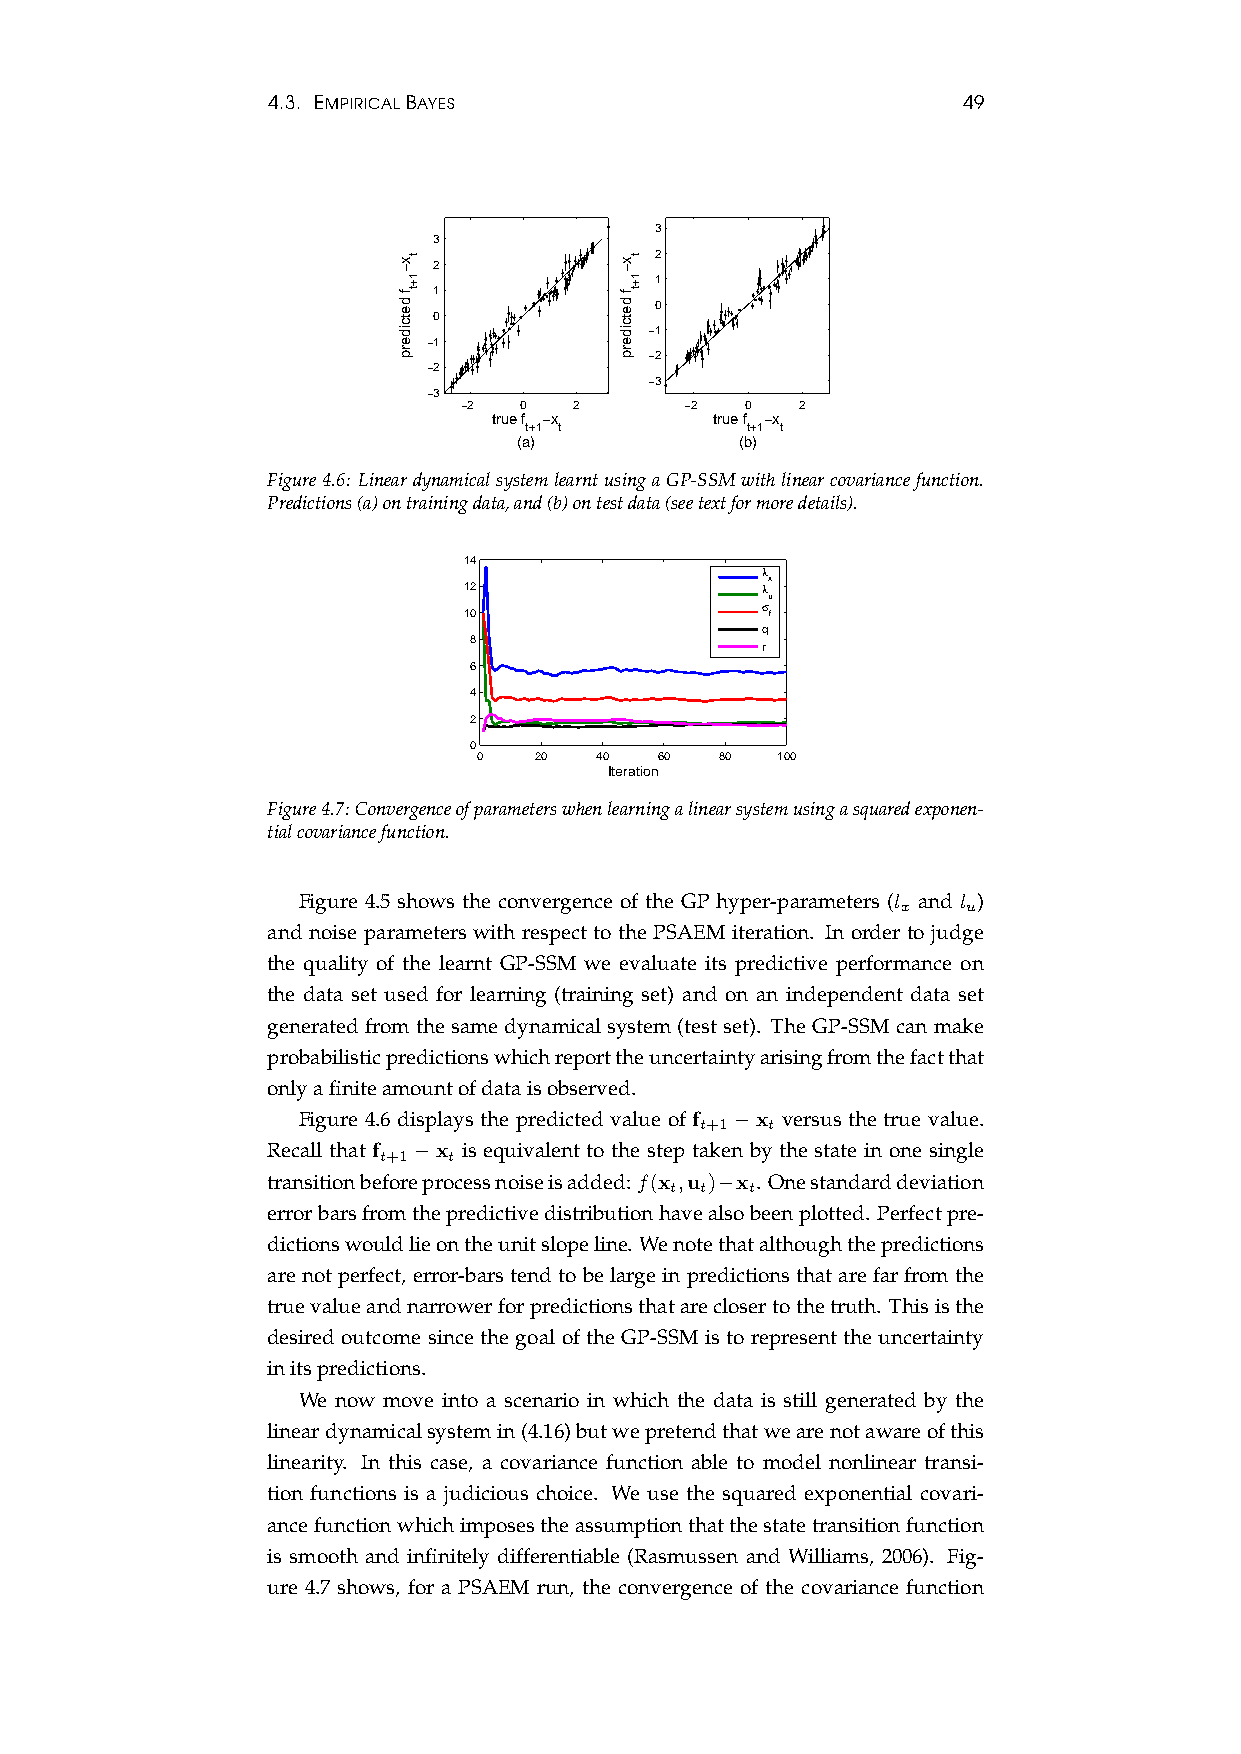
4.3. EMPIRICALBAYES                           49
 3
 3
 2 2
 1
 1
 0
 0
 −1
 −1
 −2
 −2
 −3
 −3
 −2  0   2      −2  0   2
 true f −x     true f −x
 t+1 t         t+1 t
 (a)            (b)
 Figure4.6: LineardynamicalsystemlearntusingaGP-SSMwithlinearcovariancefunction.
 Predictions(a)ontrainingdata,and(b)ontestdata(seetextformoredetails).
 14
 λ
 x
 12                 λ
 u
 σ
 10                  f
 q
 8
 r
 6
 4
 2
 0
 0  20  40   60  80 100
 Iteration
 Figure4.7:Convergenceofparameterswhenlearningalinearsystemusingasquaredexponen-
 tialcovariancefunction.
 Figure 4.5 shows the convergence of the GP hyper-parameters (l and l )
 x   u
 and noise parameters with respect to the PSAEM iteration. In order to judge
 the quality of the learnt GP-SSM we evaluate its predictive performance on
 the data set used for learning (training set) and on an independent data set
 generated from the same dynamical system (test set). The GP-SSM can make
 probabilisticpredictionswhichreporttheuncertaintyarisingfromthefactthat
 onlyafiniteamountofdataisobserved.
 Figure 4.6 displays the predicted value of f −x versus the true value.
 t+1  t
 Recall that f −x is equivalent to the step taken by the state in one single
 t+1  t
 transitionbeforeprocessnoiseisadded:f(x ,u )−x .Onestandarddeviation
 t t   t
 errorbarsfromthepredictivedistributionhavealsobeenplotted. Perfectpre-
 dictionswouldlieontheunitslopeline. Wenotethatalthoughthepredictions
 arenotperfect, error-barstendtobelargeinpredictionsthatarefarfromthe
 truevalueandnarrowerforpredictionsthatareclosertothetruth. Thisisthe
 desired outcome since the goal of the GP-SSM is to represent the uncertainty
 initspredictions.
 We now move into a scenario in which the data is still generated by the
 lineardynamicalsystemin(4.16)butwepretendthatwearenotawareofthis
 linearity. In this case, a covariance function able to model nonlinear transi-
 tion functions is a judicious choice. We use the squared exponential covari-
 ancefunctionwhichimposestheassumptionthatthestatetransitionfunction
 is smooth and infinitely differentiable (Rasmussen and Williams, 2006). Fig-
 ure 4.7 shows, for a PSAEM run, the convergence of the covariance function
 x−
 f
 detciderp
 t
 1+t
 x−
 f
 detciderp
 t
 1+t